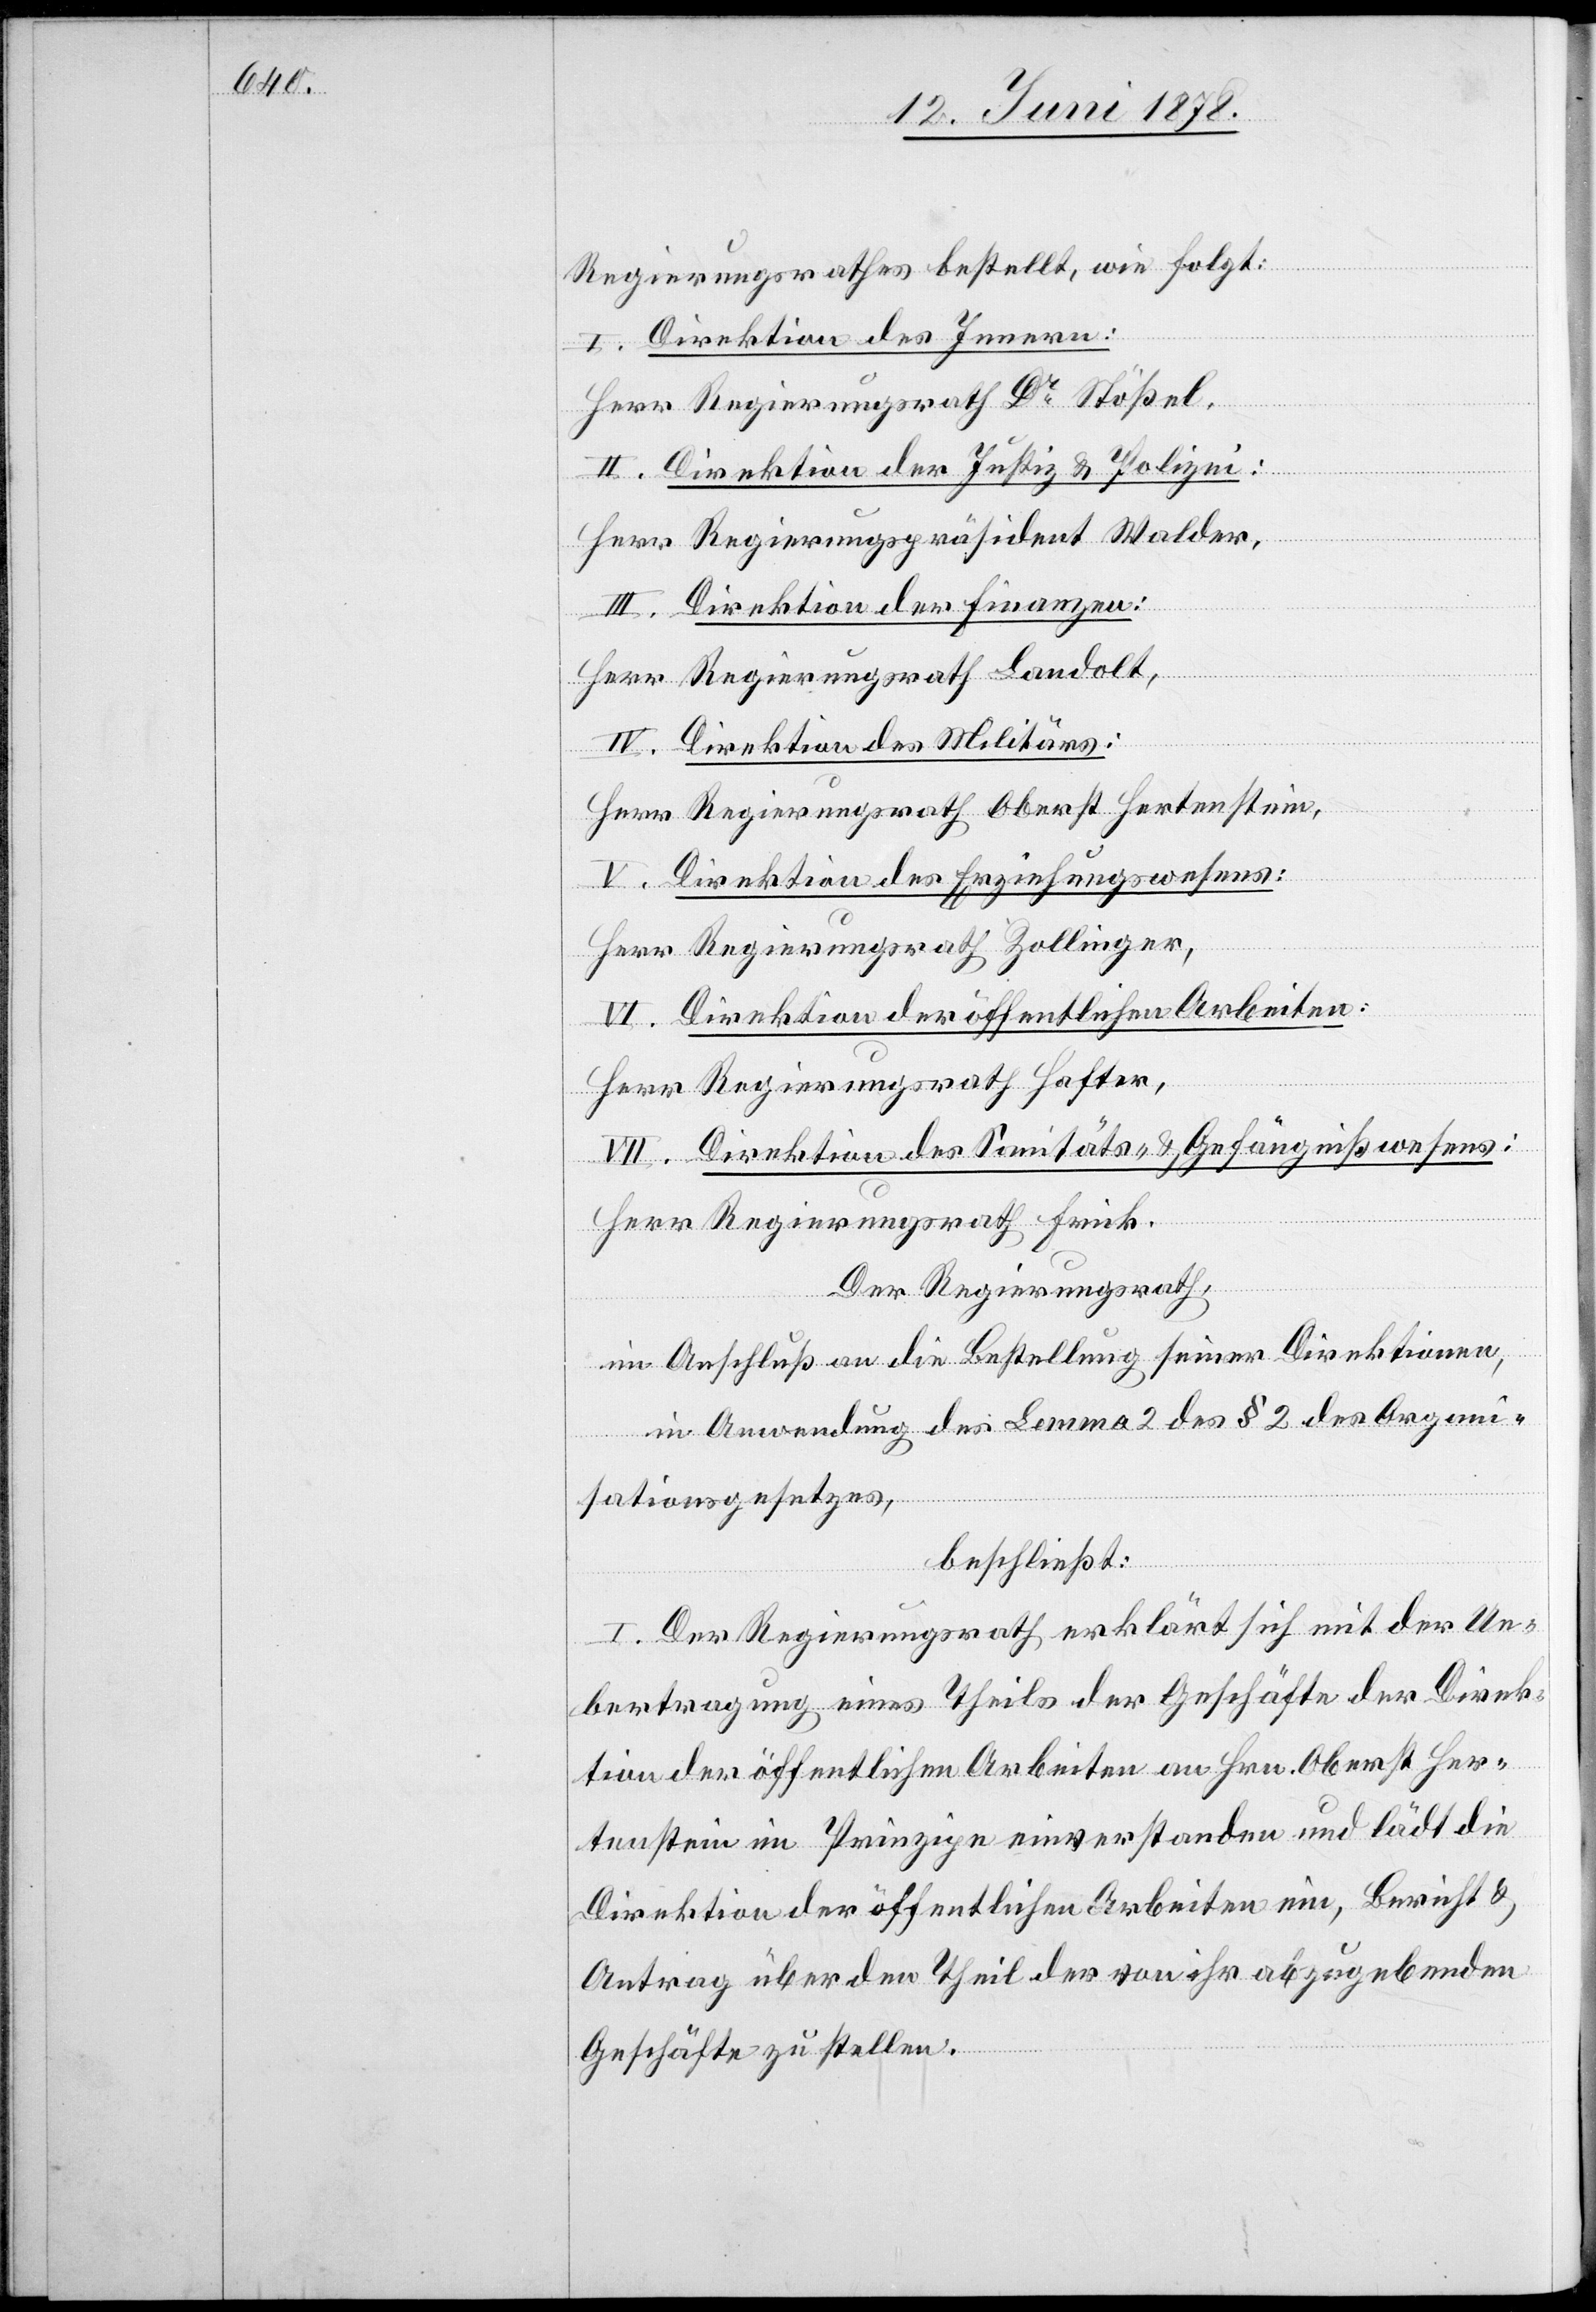
Regierungsrathes bestellt, wie folgt:
I. Direktion des Innern:
Herr Regierungsrath Dr Stößel,
II. Direktion der Justiz & Polizei:
Herr Regierungspräsident Walder,
III. Direktion der Finanzen:
Herr Regierungsrath Landolt,
IV. Direktion des Militärs:
Herr Regierungsrath Oberst Hertenstein,
V. Direktion des Erziehungswesens:
Herr Regierungsrath Zollinger,
VI. Direktion der öffentlichen Arbeiten:
Herr Regierungsrath Hafter,
VII. Direktion des Sanitäts- & Gefängnißwesens:
Herr Regierungsrath Frick.
Der Regierungsrath
im Anschluß an die Bestellung seiner Direktionen,
in Anwendung des Lemma 2 des § 2 des Organi¬
sationsgesetzes,
beschließt:
I. Der Regierungsrath erklärt sich mit der Ue¬
bertragung eines Theils der Geschäfte der Direk¬
tion der öffentlichen Arbeiten an Hrn. Oberst Her¬
tenstein im Prinzipe einverstanden und lädt die
Direktion der öffentlichen Arbeiten ein, Bericht &
Antrag über den Theil der von ihr abzugebenden
Geschäfte zu stellen.